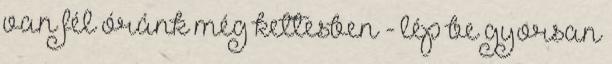
van fél óránk még kettesben - lép be gyorsan